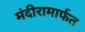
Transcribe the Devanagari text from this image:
मंदीरामार्फत